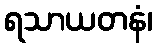
ရသာယတနံ၊